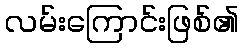
လမ်းကြောင်းဖြစ်၏